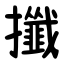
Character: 攕